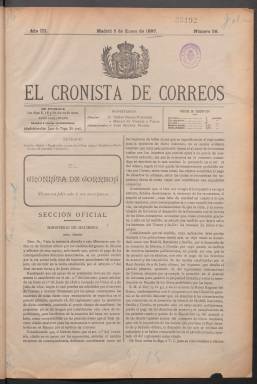
Título: El Cronista de Correos
Colección: Comunicaciones
Ámbito geográfico: Madrid
Lugar de publicación: Madrid
Fechas: 05/01/1897-15/06/1930